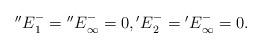
LaTeX: \begin{align*}\begin{aligned}{''E}^{-}_{1}={''E}^{-}_{\infty}=0, {'E}^{-}_{2}={'E}^{-}_{\infty}=0.\end{aligned}\end{align*}